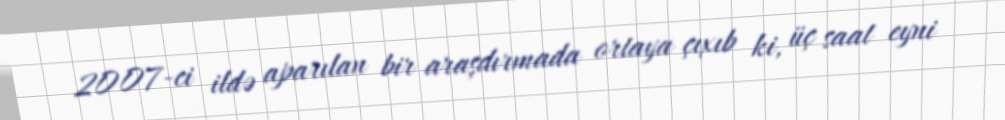
2007-ci ildə aparılan bir araşdırmada ortaya çıxıb ki, üç saat eyni